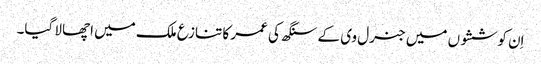
اِن کوششوں میں جنرل وی کے سنگھ کی عمر کا تنازع ملک میں اچھالا گیا۔